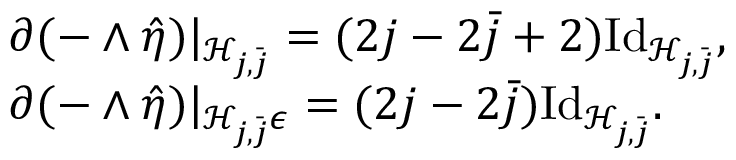
\begin{array} { r l } & { \partial ( - \wedge \hat { \eta } ) | _ { \mathcal { H } _ { j , \bar { j } } } = ( 2 j - 2 \bar { j } + 2 ) \mathrm { I d } _ { \mathcal { H } _ { j , \bar { j } } } , } \\ & { \partial ( - \wedge \hat { \eta } ) | _ { \mathcal { H } _ { j , \bar { j } } \epsilon } = ( 2 j - 2 \bar { j } ) \mathrm { I d } _ { \mathcal { H } _ { j , \bar { j } } } . } \end{array}